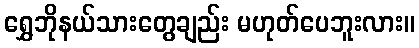
ရွှေဘိုနယ်သားတွေချည်း မဟုတ်ပေဘူးလား။